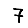
Digit: 7